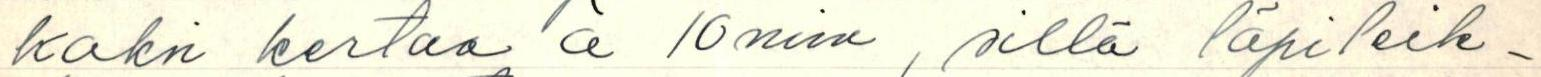
kaksi kertaa à 10 min, sillä läpileik-